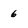
Character: 6